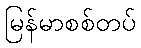
မြန်မာစစ်တပ်